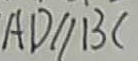
A D / / B C